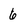
Character: 6